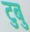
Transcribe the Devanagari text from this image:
टुबु